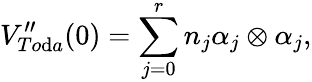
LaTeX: V_{To\mathrm{d}a}^{\prime\prime}(0)=\sum_{j=0}^{r}n_{j}\alpha_{j}\otimes\alpha_{j},